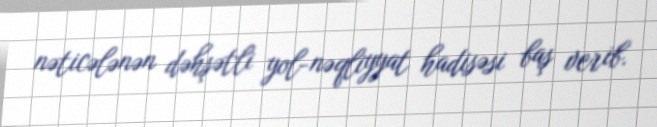
nəticələnən dəhşətli yol-nəqliyyat hadisəsi baş verib.